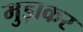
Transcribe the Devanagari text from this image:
मुड़ाकर